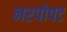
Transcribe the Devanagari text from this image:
नरपोपट